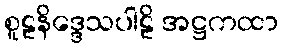
စူဠနိဒ္ဒေသပါဠိ အဋ္ဌကထာ